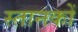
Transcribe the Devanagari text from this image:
स्तानकों